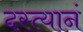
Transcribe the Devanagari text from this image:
दस्त्यानं